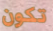
تكون